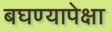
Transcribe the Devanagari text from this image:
बघण्यापेक्षा